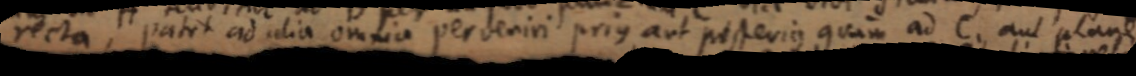
recta, patet ad alia omnia perveniri prius aut pestevius quam ad C, aut plane